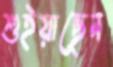
শুইয়াছেন